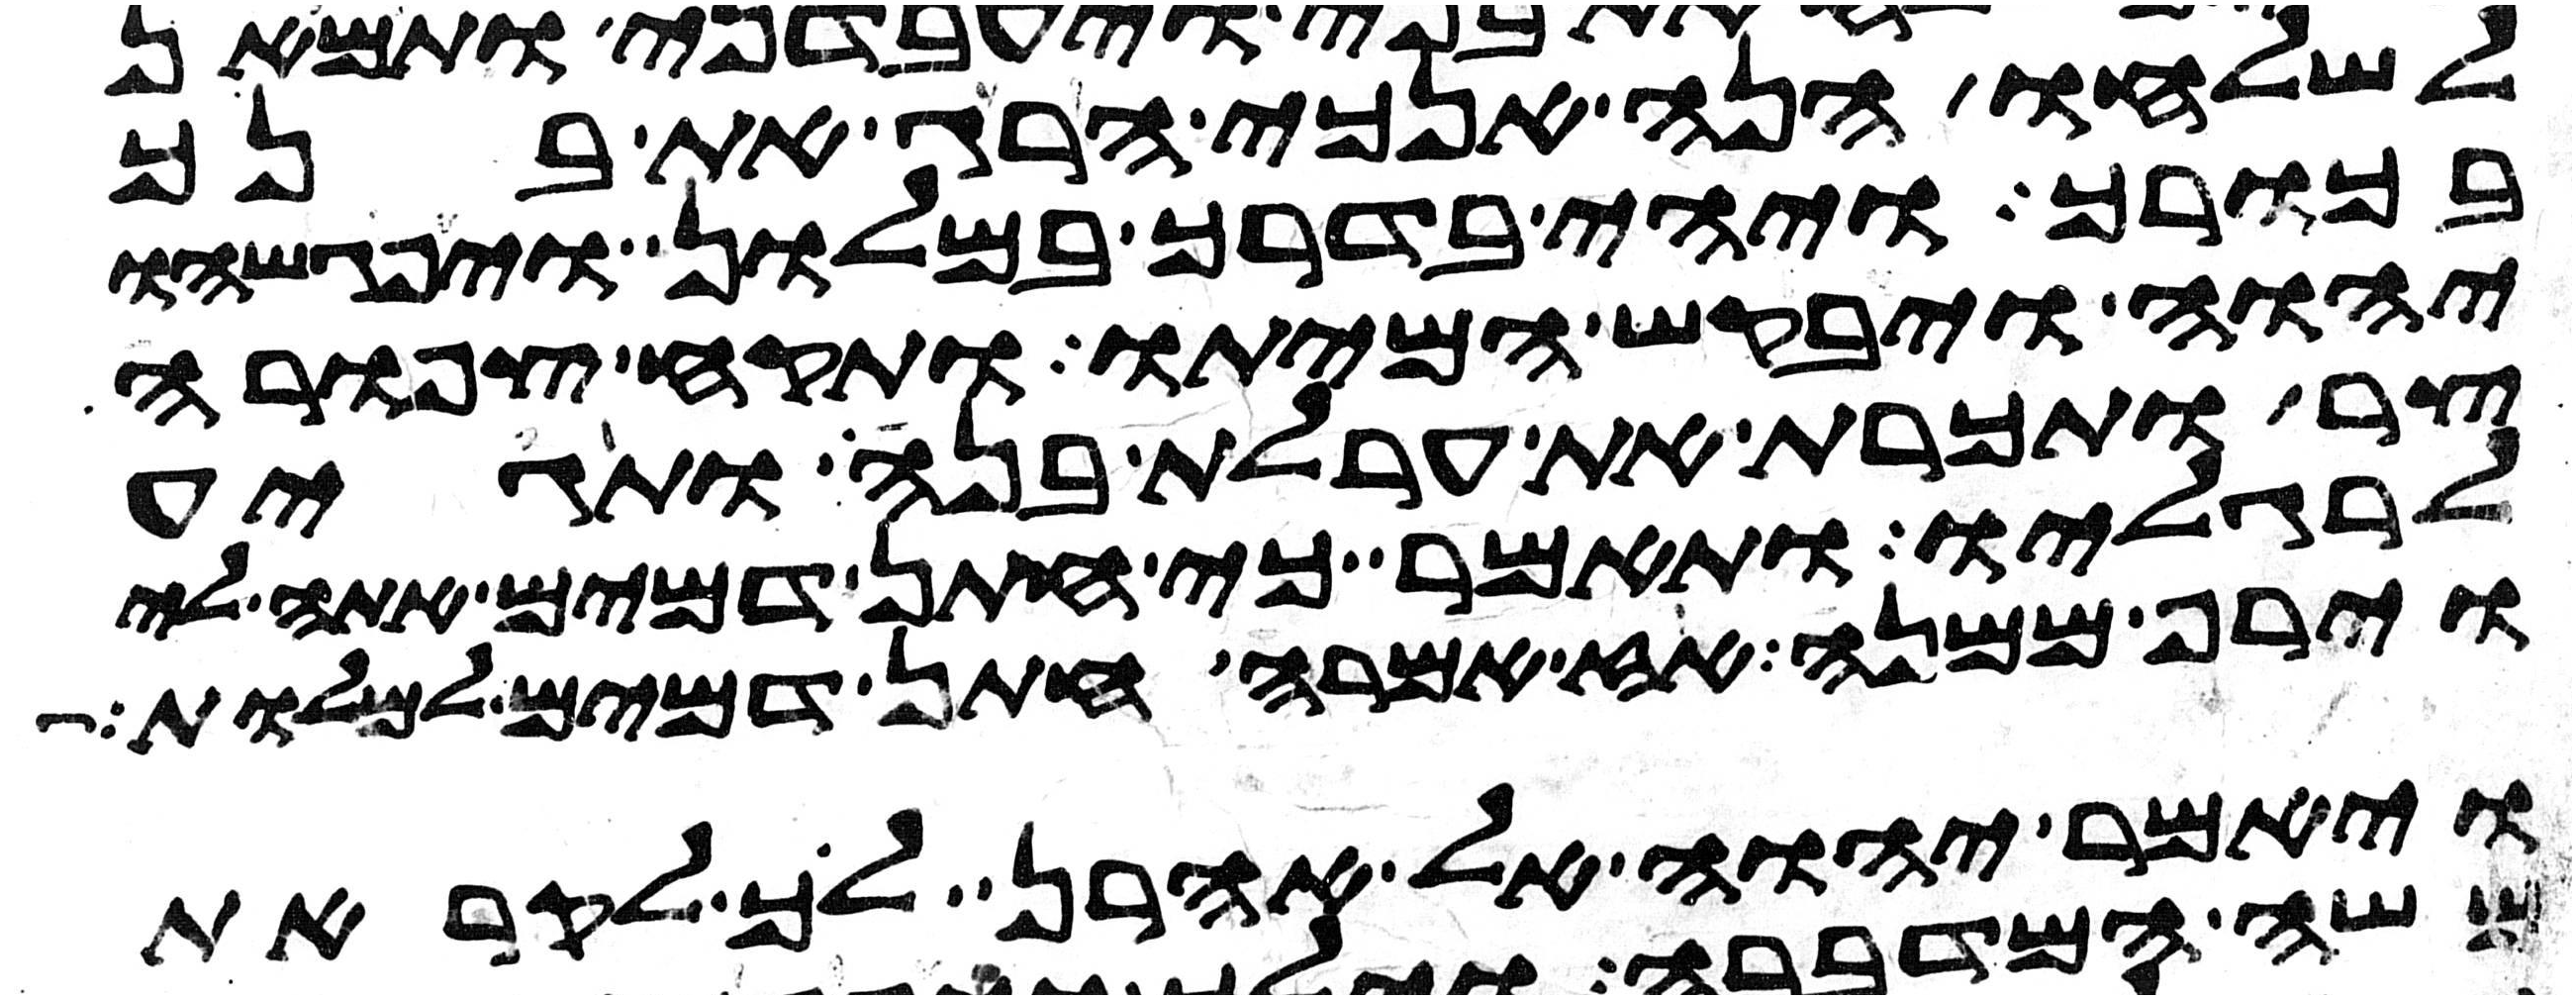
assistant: לשלחו הנה אנכי הרג את בנך
בכורך ויהי בדרך במלון ויפגשהו
יהוה ויבקש המיתו ותקח צפורה
צר ותכרת את ערלת בנה ותגיע
לרגליו ותאמר כי חתן דמים אתה לי
וירף ממנה אז אמרה חתן דמים למלות
ויאמר יהוה אל אהרן לך לקראת